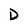
Character: D